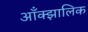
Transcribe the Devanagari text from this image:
आँक्झालिक